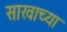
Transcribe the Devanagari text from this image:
साखाच्या